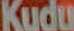
Kudu